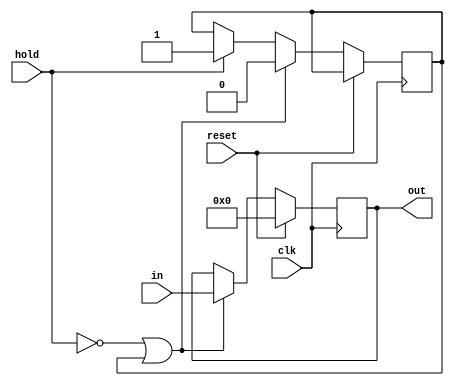
`timescale 1ns / 1ps
module PC(clk, reset, in, out, hold);
	input clk, reset;
	input [31:0] in;
	input hold;
	output reg[31:0] out;
	reg flag;
	
	initial begin
		out=32'b0;
		flag=1'b0;
	end
	
	always@(posedge clk)
	begin
		if (reset==1'b1) out<=32'b0;
		else if ((!hold) || (flag==1'b1)) begin
			out<=in;
			flag<=1'b0;
		end
		else if (hold) begin
			flag<=1'b1;
		end
	end
endmodule